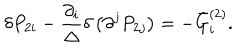
LaTeX: \delta P _ { 2 i } - \frac { \partial _ { i } } \Delta \delta \left( \partial ^ { j } P _ { 2 j } \right) = - \bar { G } _ { i } ^ { ( 2 ) } .